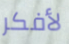
لأفكر